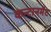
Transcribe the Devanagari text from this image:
कन्टानमेंट